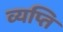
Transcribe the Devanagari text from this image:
व्यप्ति